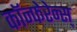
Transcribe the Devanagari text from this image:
कॉन्फेरेन्स्